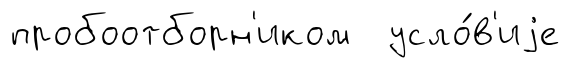
пробоотборн'иком усло́в'иjе